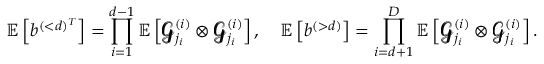
\mathbb { E } \left[ b ^ { ( < d ) ^ { T } } \right] = \prod _ { i = 1 } ^ { d - 1 } \mathbb { E } \left[ \pmb { \mathscr { G } } _ { j _ { i } } ^ { ( i ) } \otimes \pmb { \mathscr { G } } _ { j _ { i } } ^ { ( i ) } \right] , \quad \mathbb { E } \left[ b ^ { ( > d ) } \right] = \prod _ { i = d + 1 } ^ { D } \mathbb { E } \left[ \pmb { \mathscr { G } } _ { j _ { i } } ^ { ( i ) } \otimes \pmb { \mathscr { G } } _ { j _ { i } } ^ { ( i ) } \right] .